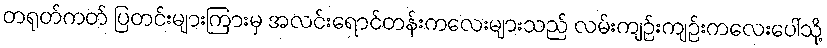
တရုတ်ကတ် ပြတင်းများကြားမှ အလင်းရောင်တန်းကလေးများသည် လမ်းကျဉ်းကျဉ်းကလေးပေါ်သို့